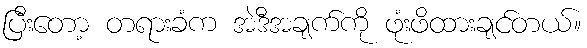
ပြီးတော့ တရားခံက အဲဒီအချက်ကို ဖုံးဖိထားချင်တယ်။